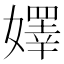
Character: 嬕